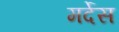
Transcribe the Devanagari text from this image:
मर्देस